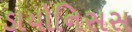
ડાયોનિસસ